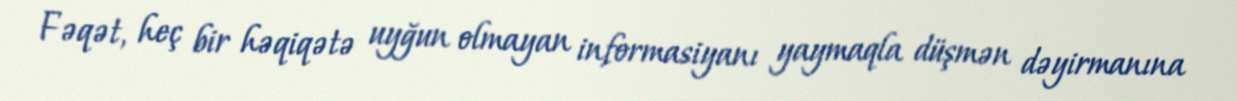
Fəqət, heç bir həqiqətə uyğun olmayan informasiyanı yaymaqla düşmən dəyirmanına